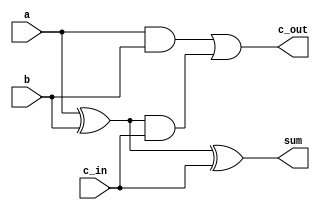
module add_1bit(a,b,c_in,sum,c_out);

input a,b,c_in;
output sum,c_out;

//implementing a 1-bit full adder

// gate implementation for the sum
xor X1(w1, a, b);
xor X2(sum, w1, c_in);

// gate implementation for the carry bit
and A1(w2, a, b);
and A2(w3, w1, c_in);
or O1(c_out, w2, w3);

endmodule